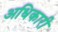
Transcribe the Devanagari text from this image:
अधिकारी